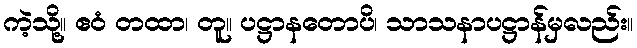
ကဲ့သို့။ ဧဝံ တထာ၊ တူ။ ပဋ္ဌာနတောပိ၊ သာသနာပဋ္ဌာန်မှလည်း။